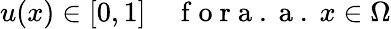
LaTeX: u(x)\in[0,1]\quad\mathrm{~f~o~r~a~.~a~.~}x\in\Omega